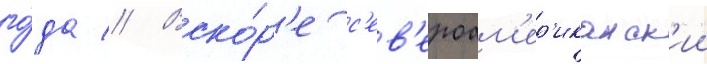
го́да // Вско́р'е с'ев'ероам'ер'иканск'ии